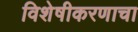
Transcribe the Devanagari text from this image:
विशेषीकरणाचा